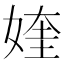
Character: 㛻